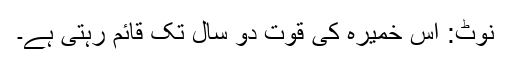
نوٹ: اِس خمیرہ کی قوت دو سال تک قائم رہتی ہے۔